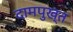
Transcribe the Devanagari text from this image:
दामपुख्त